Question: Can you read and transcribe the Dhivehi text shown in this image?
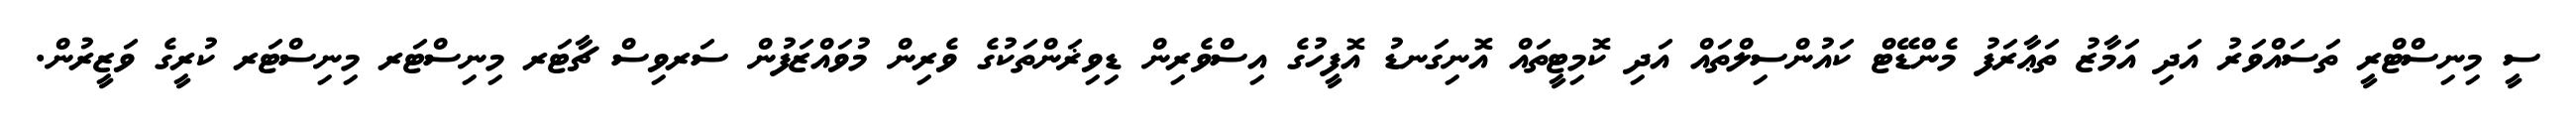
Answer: ސީ މިނިސްޓްރީ ތަސައްވަރު އަދި އަމާޒު ތަޢާރަފު މެންޑޭޓް ކައުންސިލްތައް އަދި ކޮމިޓީތައް އޮނިގަނޑު އޮފީހުގެ އިސްވެރިން ޑިވިޜަންތަކުގެ ވެރިން މުވައްޒަފުން ސަރވިސް ޗާޓަރ މިނިސްޓަރ މިނިސްޓަރ ކުރީގެ ވަޒީރުން.